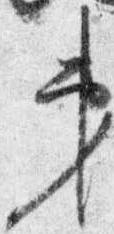
第